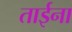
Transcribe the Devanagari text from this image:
ताईना